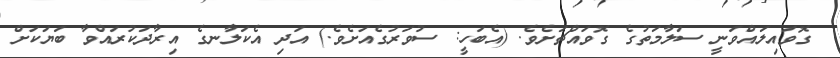
ގޮވައިލައްވަނީ ސަލާމަތުގެ ގޮވައްޗަށެވެ. (އެބަހީ: ސުވަރުގެއަށެވެ.) އަދި އެކަލާނގެ އިރާދަކުރައްވާ ބަޔަކަށް